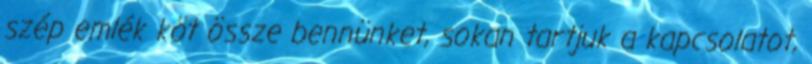
szép emlék köt össze bennünket, sokan tartjuk a kapcsolatot,